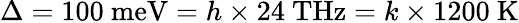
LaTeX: \Delta=100~\mathrm{meV}=h\times 24~\mathrm{THz}=k\times 1200~\mathrm{K}